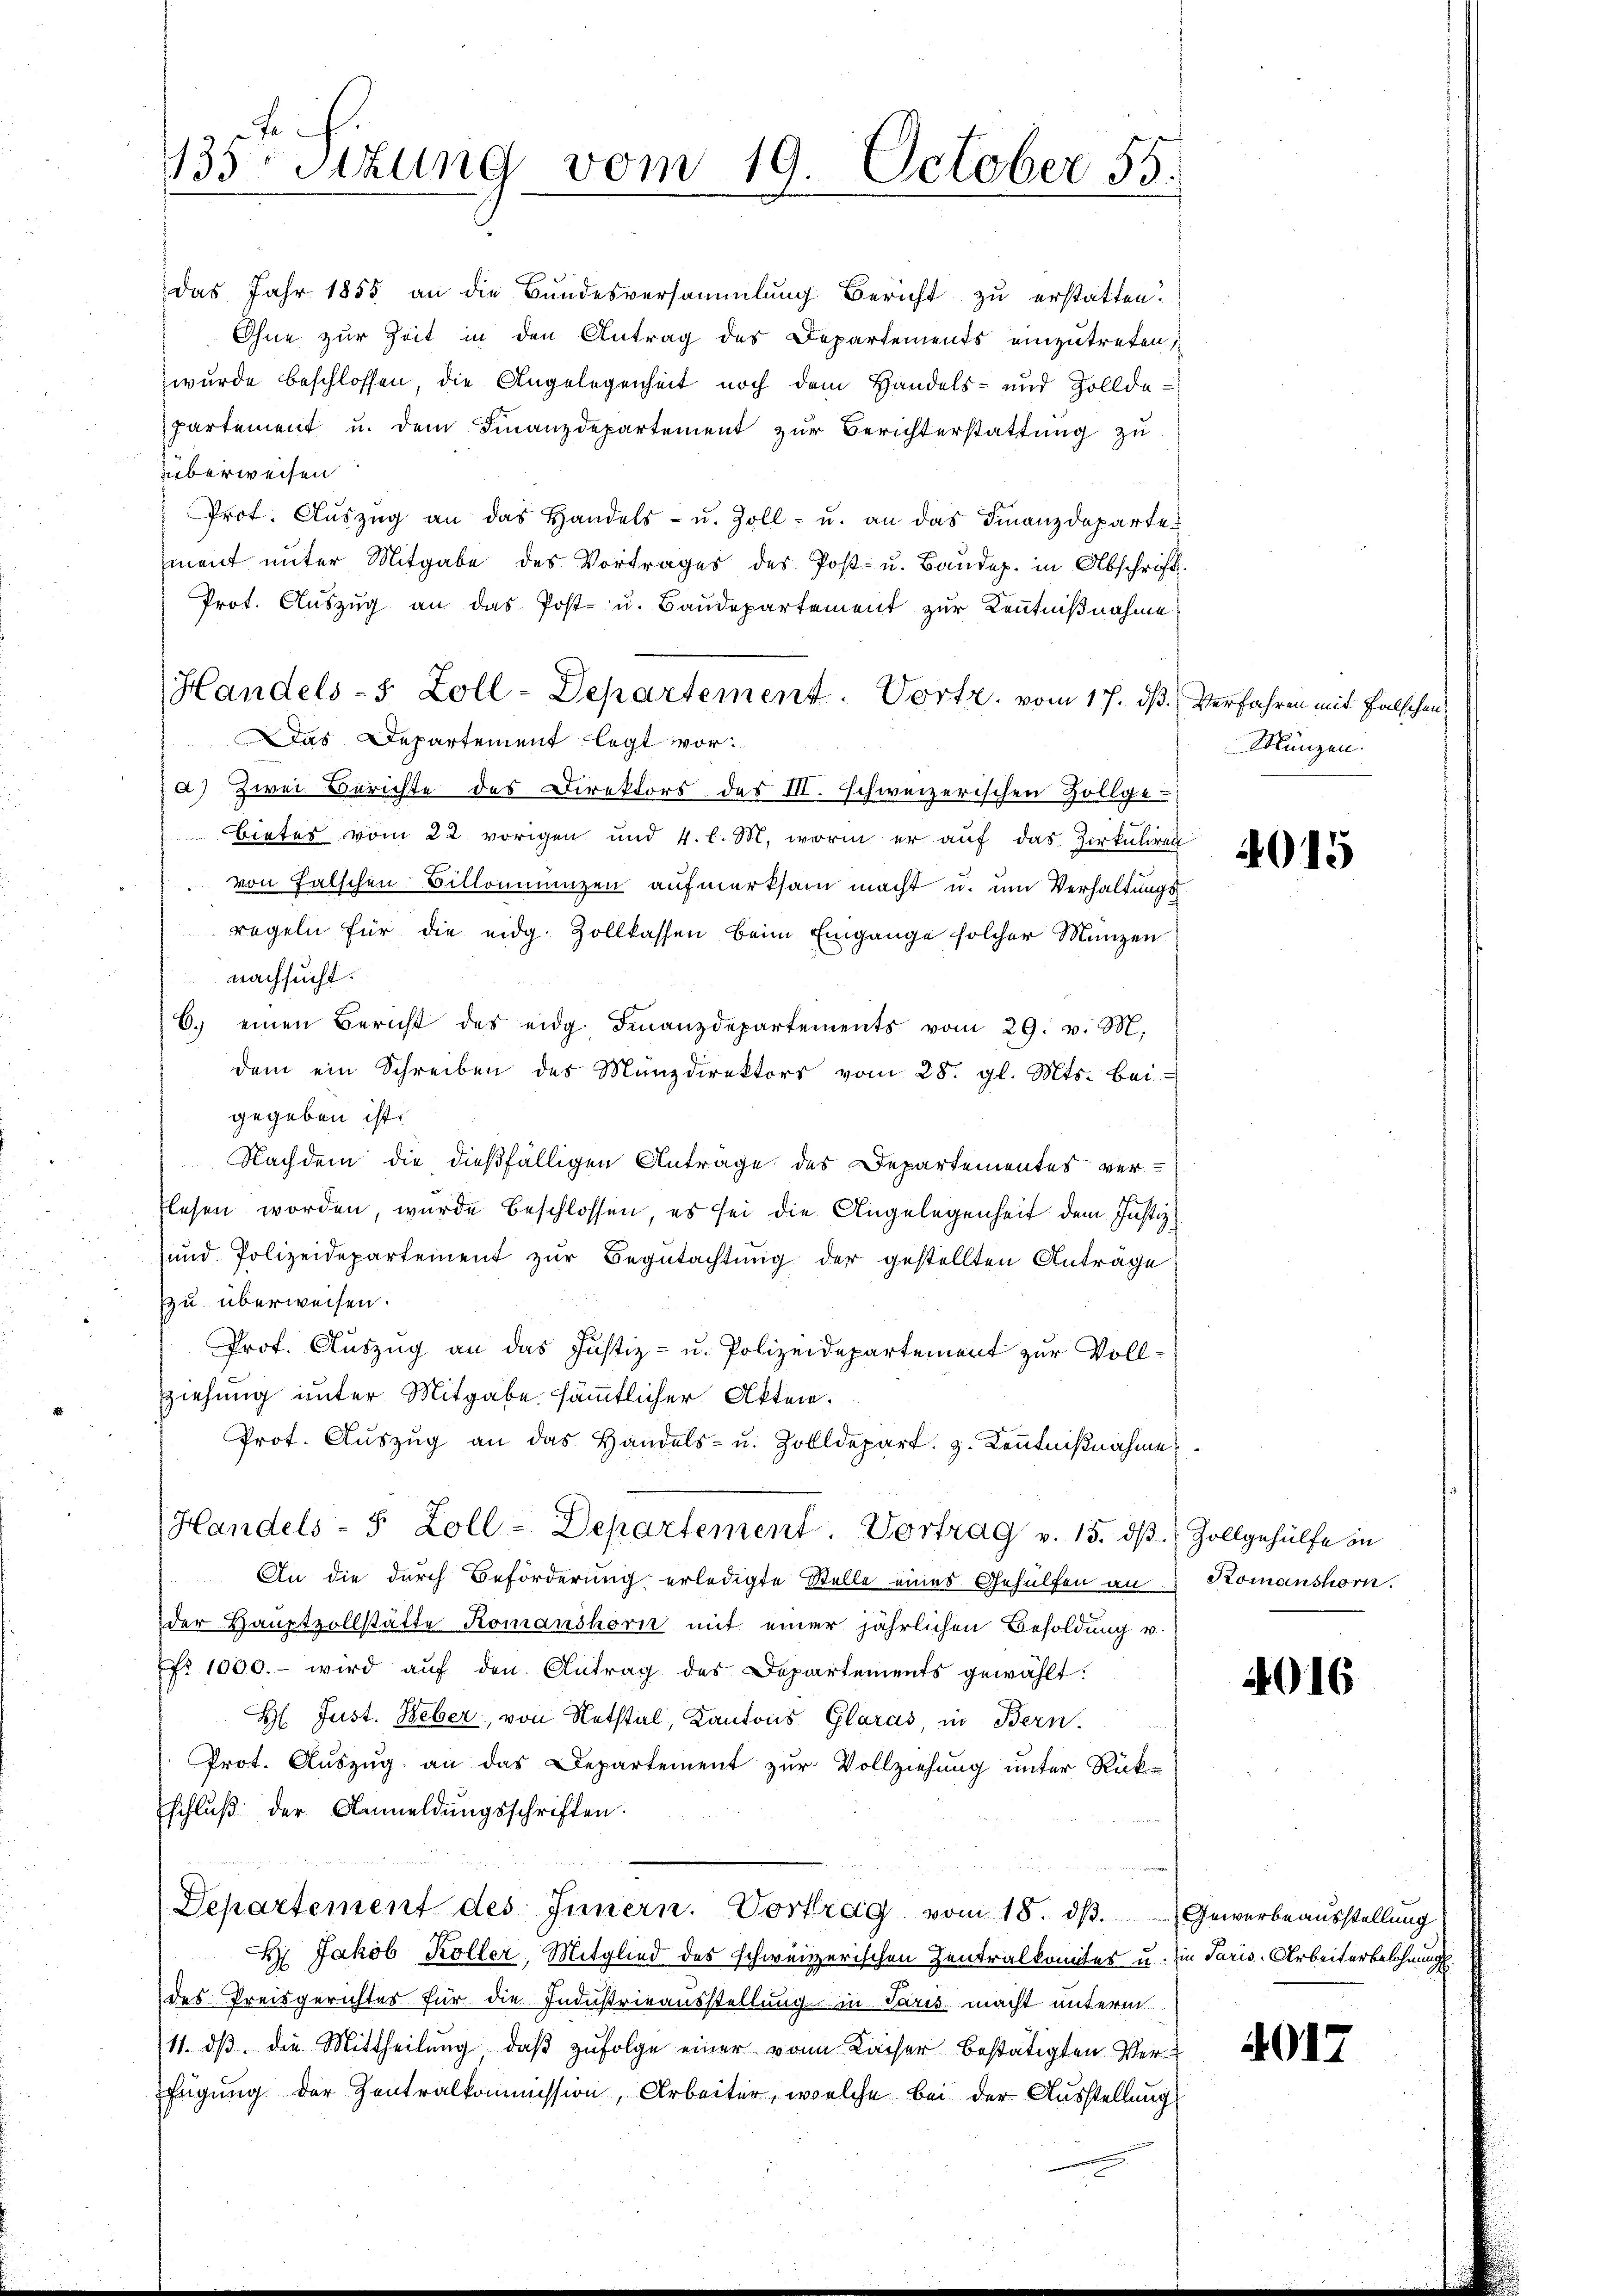
das Jahr 1855 an die Bundesversammlung Bericht zu erstatten.
Ohne zur Zeit in den Antrag des Departements einzutreten,
wurde beschlossen, die Angelegenheit noch dem Handels- und Zolldepartement u. dem Finanzdepartement zŭr Berichterstattŭng zu
überweisen
Prot. Auszug an das Handels- u. Zoll- u. an das Finanzdeparte
ment unter Mitgabe des Vortrages des Post- u. Baŭdep. in Abschrift.
Prot. Auszug an das Post- u. Baudepartement zur Kenntnißnahme
Handels-5 Zoll-Departement. Vortr. vom 17. dß. Verfahren mit falschen,
Das Departement legt vor.
a) Zwei Berichte des Direktors des III. schweizerischen Zollge-
Bietes vom 22 vorigen und 4. l. M. worin er auf das Zirkuliren
von Falschen Billonmanzen aufmerksam macht u. um Verhaltungsregeln für die eidg. Zollkassen beim Eingange solcher Münzen
nachsucht.
6. einen Bericht des eidg. Finanzdepartements vom 29. v. M.
dem ein Schreiben des Münzdirektors vom 28. gl. Mts. bei
gegeben ist.
Nachdem die dießfälligen Antrage des Departementes ver-
flesen worden, wurde beschlossen, es sei die Angelegenheit dem Justiz¬
und Polizeidepartement zŭr Begutachtung der gestellten Anträge
zu überweisen.
Prof. Auszug an das Justiz- u. Polizeidepartement zur Vollziehung unter Mitgabe sämmtlicher Akten.
Prot. Aŭszŭg an das Handels- u. Zolldepart. 3. Kenntnißnahme
Handels- S. Zoll-Departement. Vortrag v. 15. dβ. Zollgehülfe in
An die durch Beförderung erledigte Stelle eines Gehülfen an Komanshorn.
der Hauptvollstätte Komanshorn mit einer jährlichen Besoldung u.
fr. 1000.- wird aŭf den Antrag des Departements gewählt:
H Just. Heber, von Notstal, Kantons Glarus in Bern.
Prot. Auszug an das Departement zur Vollziehung unter Rück-
schluß der Anmeldungsschriften.
Departement des Innern. Vortrag vom 18. dβ. Gewerbeausstellung
H. Jakob Köller, Mitglied des schweizerischen Zentralkomites u. in Paris-Arbeiterbelohnung
des Preisgerichtes für die Industrieausstellung in Paris macht unterm
11. dβ die Mittheilung, daβ zŭfolge einer von Kaiser bestätigten Verfügung der Zentralkommission, Arbeiter, welche bei der Ausstellung

135. Sitzung vom 19. October 55.

Münzen.

4015

4016

017.